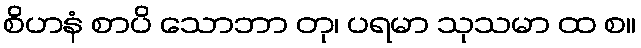
စိဟနံ စာပိ သောဘာ တု၊ ပရမာ သုသမာ ထ စ။